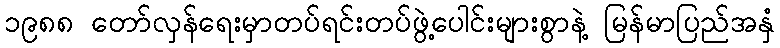
၁၉၈၈ တော်လှန်ရေးမှာတပ်ရင်းတပ်ဖွဲ့ပေါင်းများစွာနဲ့ မြန်မာပြည်အနှံ